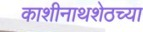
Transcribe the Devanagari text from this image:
काशीनाथशेठच्या